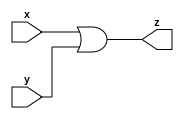
module or_gate_n (x, y, z);
  parameter n = 0; 
  input [n-1:0] x;
  input [n-1:0] y;
  output [n-1:0] z;
  
  assign z = (x|y) ;
  
  
endmodule